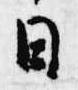
日